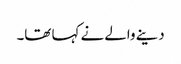
دینے والے نے کہا تھا۔